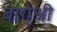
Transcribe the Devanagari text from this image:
बागे्श्री